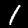
Digit: 1